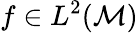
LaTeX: f\in L^{2}(\mathcal{M})